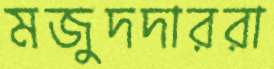
মজুদদাররা